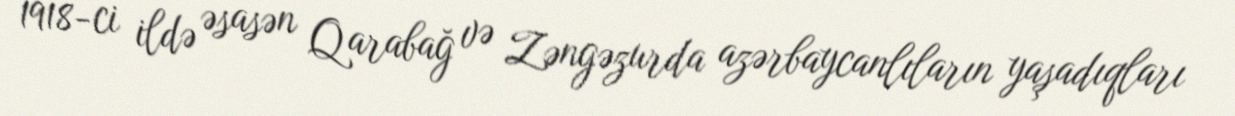
1918-ci ildə əsasən Qarabağ və Zəngəzurda azərbaycanlıların yaşadıqları